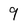
Character: 9